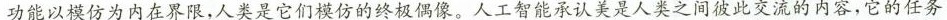
功能以模仿为内在界限，人类是它们模仿的终极偶像，人工智能承认美是人之间彼此交流的内容，它的任务